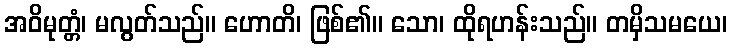
အဝိမုတ္တံ၊ မလွတ်သည်။ ဟောတိ၊ ဖြစ်၏။ သော၊ ထိုရဟန်းသည်။ တမှိသမယေ၊